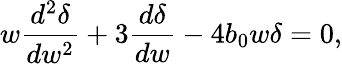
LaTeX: w\frac{d^{2}\delta}{dw^{2}}+3\frac{d\delta}{dw}-4b_{0}w\delta=0,